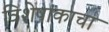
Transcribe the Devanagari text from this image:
विशेषांकाचा